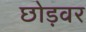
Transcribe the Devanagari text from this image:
छोड़वर